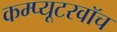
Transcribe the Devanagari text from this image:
कम्प्यूटरवॉच